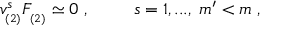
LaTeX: v _ { _ { ( 2 ) } } ^ { s } F _ { _ { ( 2 ) } } \simeq 0 \; , \; \; \; \; \; \; \; \; \; s = 1 , . . . , \; m ^ { \prime } < m \; ,